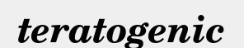
teratogenic